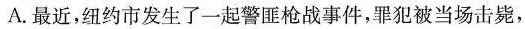
A.最近，纽约市发生了一起警匪枪战事件，罪犯被当场击毙，